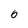
Character: 6